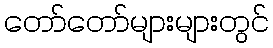
တော်တော်များများတွင်